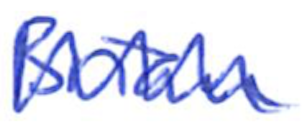
Text: Brian
Cross-out: zig-zag
Writing tool: ballpoint